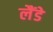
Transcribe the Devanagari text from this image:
लैंडे